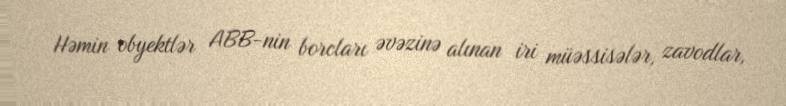
Həmin obyektlər ABB-nin borcları əvəzinə alınan iri müəssisələr, zavodlar,